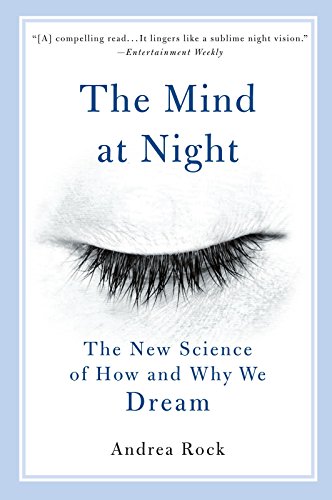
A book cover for The Mind at Night: The New Science of How and Why We Dream; Andrea Rock; Self-Help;